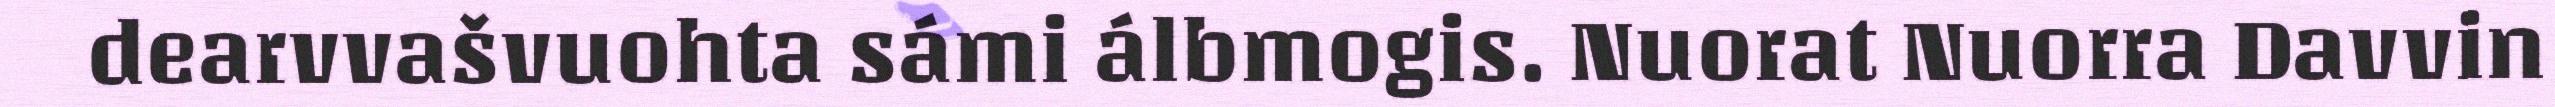
dearvvašvuohta sámi álbmogis. Nuorat Nuorra Davvin